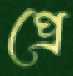
প্রে